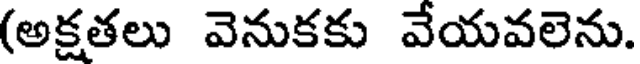
(అక్షతలు వెనుకకు వేయవలెను.